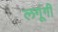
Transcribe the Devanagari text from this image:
लगूंगी